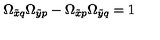
\Omega _ { \tilde { x } q } \Omega _ { \tilde { y } p } - \Omega _ { \tilde { x } p } \Omega _ { \tilde { y } q } = 1